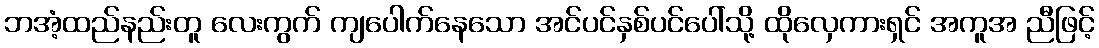
ဘအံ့ထည်နည်းတူ လေးကွက် ကျပေါက်နေသော အင်ပင်နှစ်ပင်ပေါ်သို့ ထိုလှေကားရှင် အကူအ ညီဖြင့်